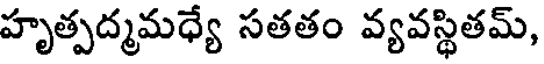
హృత్పద్మమధ్యే సతతం వ్యవస్థితమ్,